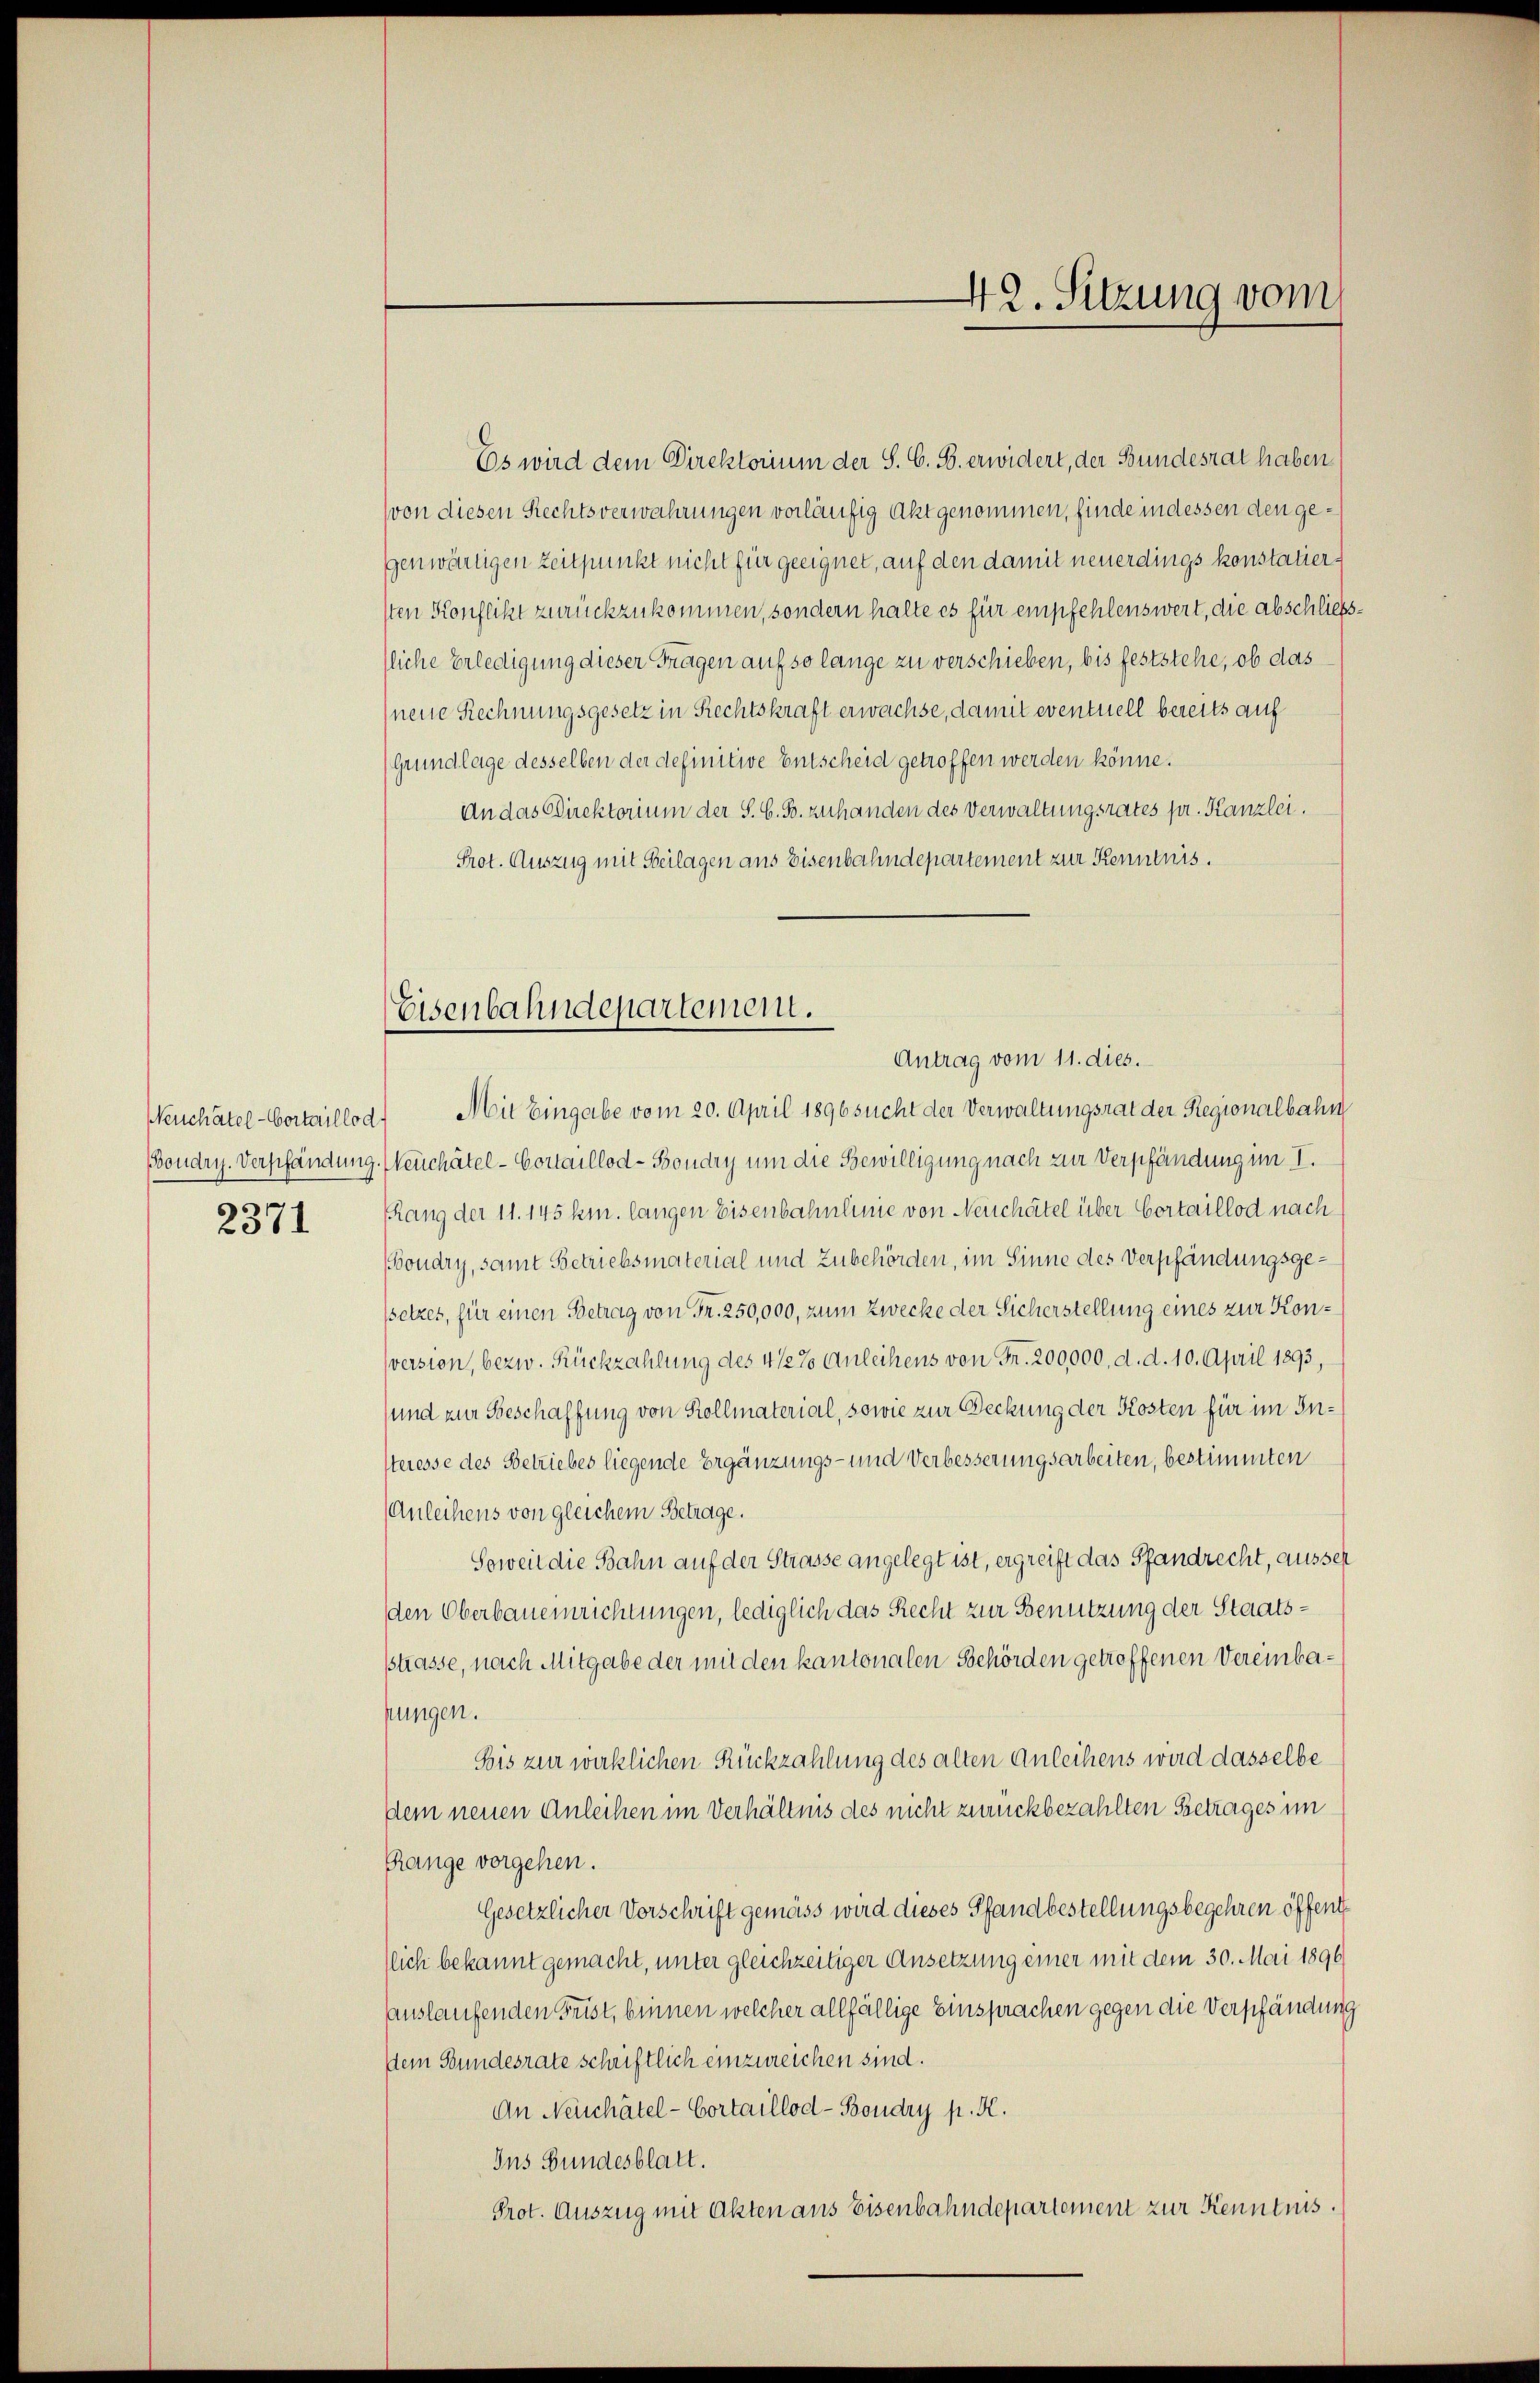
2371

Es wird dem Direktorium der S. G. B. erwidert, der Bundesrat haben
(von diesen Rechtsverwahrungen vorläufig Akt genommen, finde in dessen den gegenwärtigen Zeitpunkt nicht für geeignet, auf den damit neuerdings konstatiersten Konflikt zurückzukommen, sondern halte es für empfehlenswert, die abschliess-
lliche Erledigung dieser Fragen auf so lange zu verschieben, bis feststehe, ob das
neue Rechnungsgesetz in Rechtskraft erwachse, damit eventuell bereits auf
(Grundlage desselben der definitive Entscheid getroffen werden könne.
An das Direktorium der S. G. B. zuhanden des Verwaltungsrates pr. Kanzlei.
Prot. Auszug mit Beilagen aus Eisenbahndepartement zur Kenntnis.
(Keuchâtel-Vortaillod. Mit Eingabe vom 20. April 1896 sucht der Verwaltungsrat der Regionalbahn
Bondry. Verpfändung. Neuchâtel - Cortaillod-Boudry um die Bewilligung nach zur Verpfändung im I.
PRang der 11. 145 km. langen Eisenbahnlinie von Neuchâtel über Cortaillod nach¬
(Boudry, samt Betriebsmaterial und Zubehörden, im Sinne des Verpfändungsgessetzes, für einen Betrag von Fr. 250,000, zum Zwecke der Sicherstellung eines zur Konsversion, bezw. Rückzahlung des 4 1/2% Anleihens von Fr. 200,000. d. d. 10. April 1893,
sund zur Beschaffung von Kollmaterial, sowie zur Deckung der Kosten für im Insteresse des Betriebes liegende Ergänzungs- und Verbesserungsarbeiten, bestimmten
Anleihens von gleichem Betrage.
Soweit die Bahn auf der Strasse angelegt ist, ergreift das Pfandrecht, ausser
den Oberbaueinrichtungen, lediglich das Recht zur Benutzung der Staatsstrasse, nach Mitgabe der mit den kantonalen Behörden getroffenen Vereinbalungen.
Bis zur wirklichen Rückzahlung des alten Anleihens wird dasselbe
dem neuen Anleihen im Verhältnis des nicht zurückbezahlten Betrages im
Range vorgehen.
Gesetzlicher Vorschrift gemäss wird dieses Pfandbestellungsbegehren öffent
tlich bekannt gemacht, unter gleichzeitiger Ansetzung einer mit dem 30. Mai 1896
auslaufenden Frist, binnen welcher allfällige Einsprachen gegen die Verpfändung
Dem Bundesrate schriftlich einzureichen sind.
An Neuchâtel - Cortaillod-Boudry p. K.
Ins Bundesblatt.
Prot. Auszug mit Akten aus Eisenbahndepartement zur Kenntnis

Eisenbahndepartement.
Antrag vom 11. dies.

42. Sitzung vom